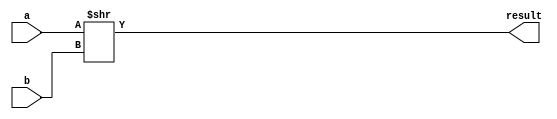
// This program was cloned from: https://github.com/conboy/elec374-cpu
// License: MIT License

// Shift right
module shr(input wire[31:0] a, input wire[31:0] b, output wire[31:0] result);

	assign result = a >> b;

endmodule


// Arithmetic shift right
module shra(input wire[31:0] a, input wire[31:0] b, output reg[31:0] result);

    always @(*) begin
        // Perform the shift
        result = a >>> b;

        // If the original number was negative, fill in the shifted bits with 1s
        if (a[31]) begin
            result = result | ((32'hFFFFFFFF << (32-b)));
        end
    end

endmodule

// Shift left
module shl(input wire[31:0] a, input wire[31:0] b, output wire[31:0] result);

	assign result = a << b;

endmodule